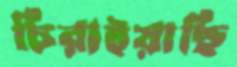
চিরাইয়াছি